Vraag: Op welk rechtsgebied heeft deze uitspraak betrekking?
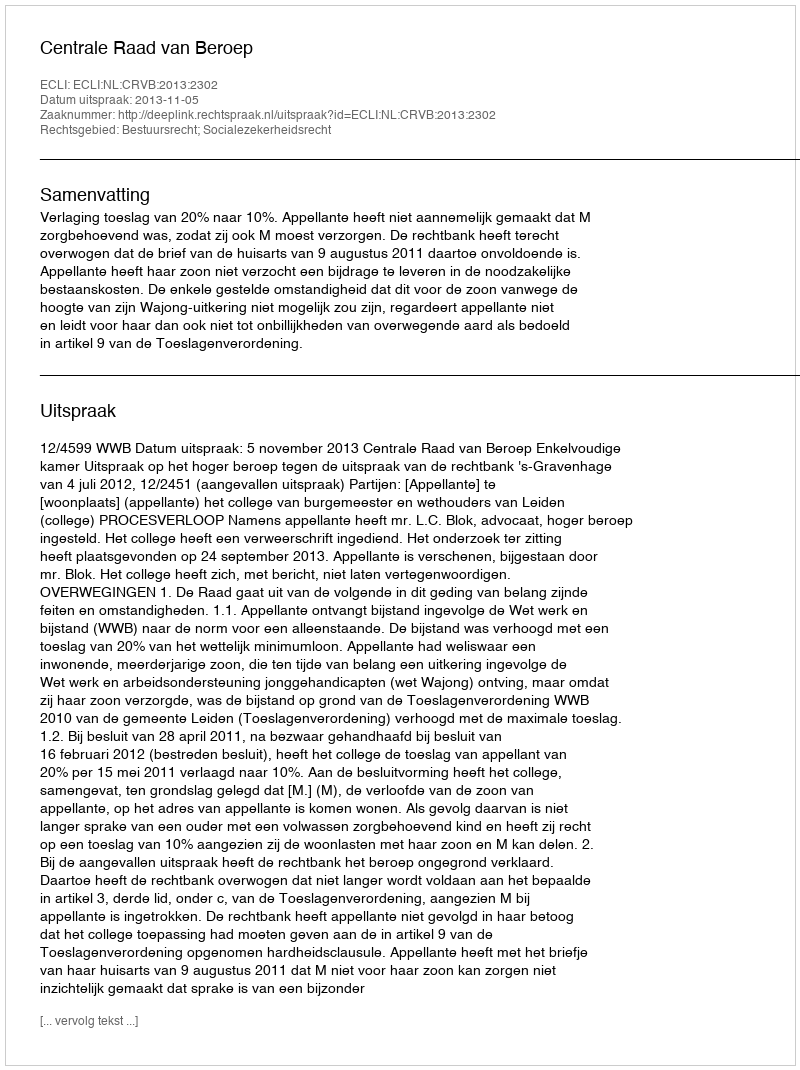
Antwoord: Bestuursrecht; Socialezekerheidsrecht